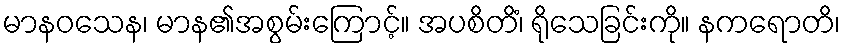
မာနဝသေန၊ မာန၏အစွမ်းကြောင့်။ အပစိတိံ၊ ရိုသေခြင်းကို။ နကရောတိ၊